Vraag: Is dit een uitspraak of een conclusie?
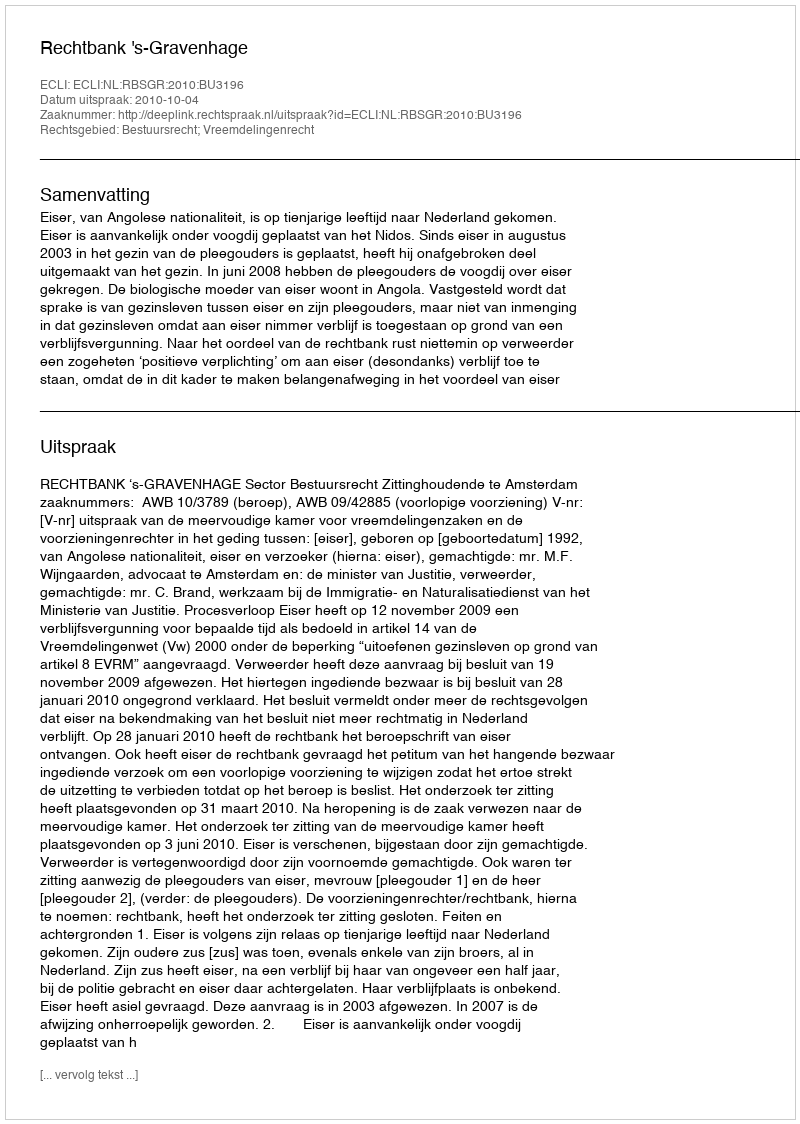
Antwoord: Uitspraak